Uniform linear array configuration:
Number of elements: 48
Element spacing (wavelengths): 0.5
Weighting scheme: hann
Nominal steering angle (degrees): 60
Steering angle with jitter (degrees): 61.51
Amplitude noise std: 0.05
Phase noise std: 0.05

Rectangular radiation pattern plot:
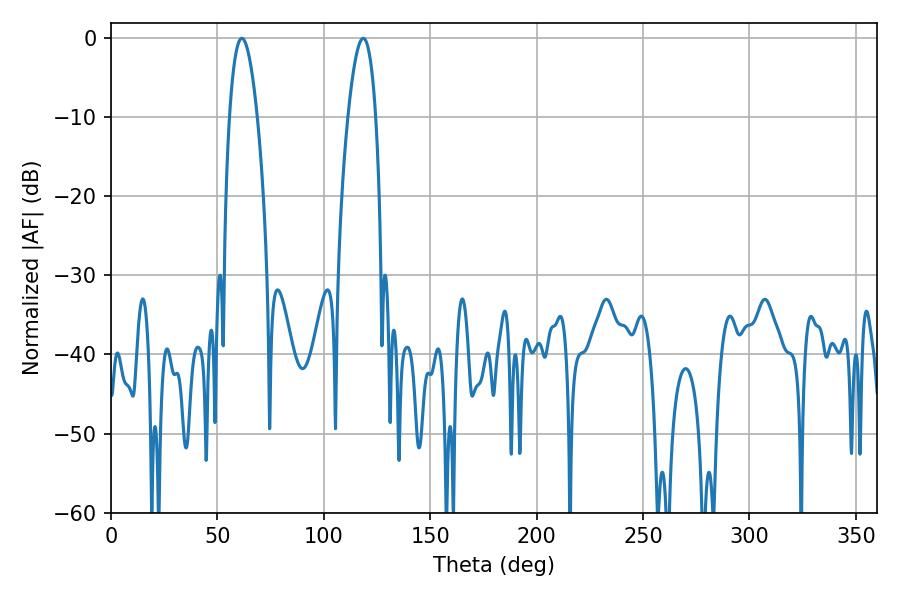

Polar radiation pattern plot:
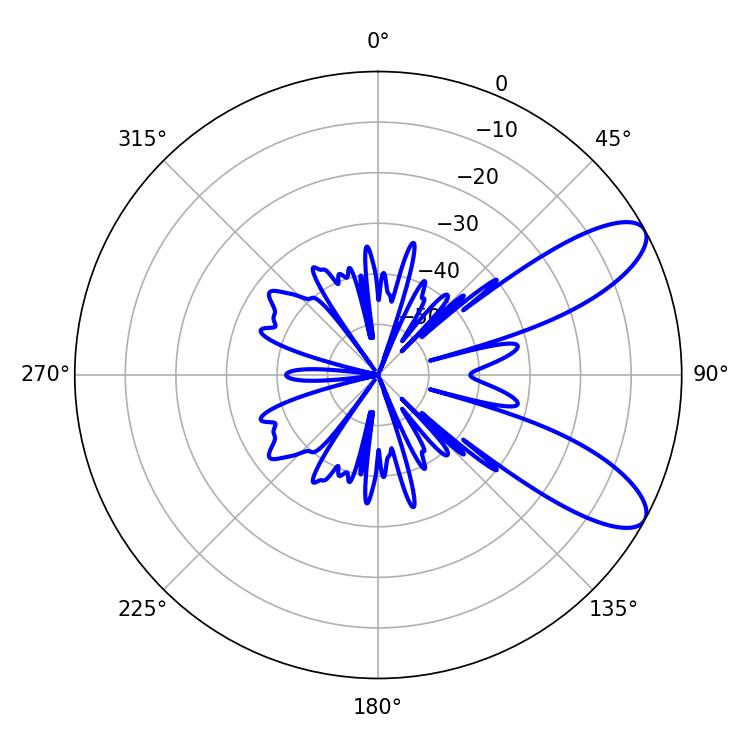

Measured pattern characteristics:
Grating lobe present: FALSE
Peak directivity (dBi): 9.243
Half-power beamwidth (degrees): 7.2
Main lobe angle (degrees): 61.56